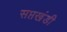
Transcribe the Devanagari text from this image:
सप्तखंडी